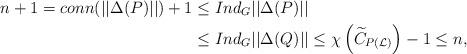
LaTeX: \begin{align*}n+1 = conn (||\Delta (P)||) + 1 & \leq Ind_{G}||\Delta (P)||\\& \leq Ind_{G}||\Delta (Q)||\leq\chi\left(\widetilde{C}_{P(\mathcal{L})}\right)-1\leq n,\end{align*}